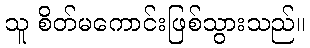
သူ စိတ်မကောင်းဖြစ်သွားသည်။